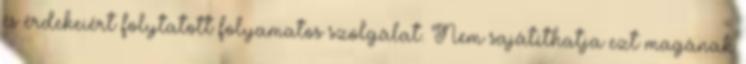
és érdekeiért folytatott folyamatos szolgálat. Nem sajátíthatja ezt magának